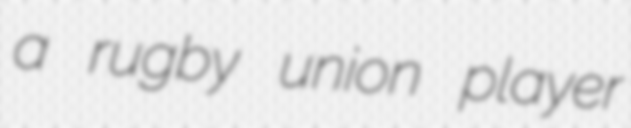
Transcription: a rugby union player